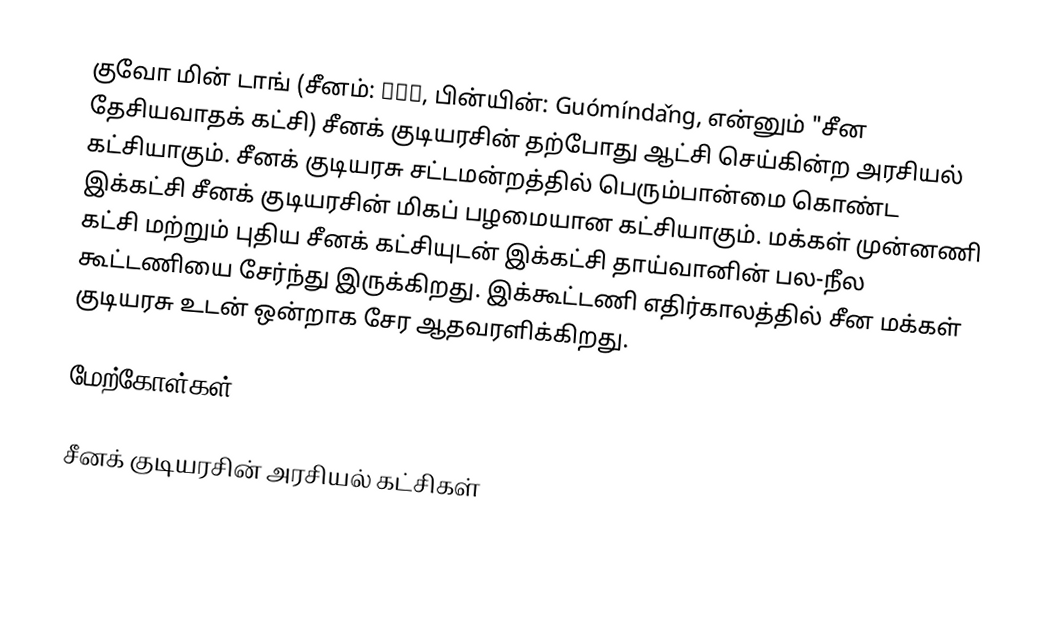
குவோ மின் டாங் (சீனம்: 国民党, பின்யின்: Guómíndǎng, என்னும் "சீன தேசியவாதக் கட்சி) சீனக் குடியரசின் தற்போது ஆட்சி செய்கின்ற அரசியல் கட்சியாகும். சீனக் குடியரசு சட்டமன்றத்தில் பெரும்பான்மை கொண்ட இக்கட்சி சீனக் குடியரசின் மிகப் பழமையான கட்சியாகும். மக்கள் முன்னணி கட்சி மற்றும் புதிய சீனக் கட்சியுடன் இக்கட்சி தாய்வானின் பல-நீல கூட்டணியை சேர்ந்து இருக்கிறது. இக்கூட்டணி எதிர்காலத்தில் சீன மக்கள் குடியரசு உடன் ஒன்றாக சேர ஆதவரளிக்கிறது.

மேற்கோள்கள்

சீனக் குடியரசின் அரசியல் கட்சிகள்